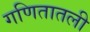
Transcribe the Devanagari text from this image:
गणितातली